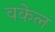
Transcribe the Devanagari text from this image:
वकेल